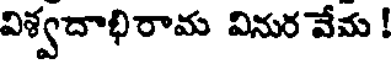
విశ్వదాభిరామ వినుర వేమ !